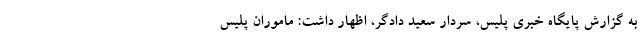
به گزارش پایگاه خبری پلیس، سردار سعید دادگر، اظهار داشت: ماموران پلیس